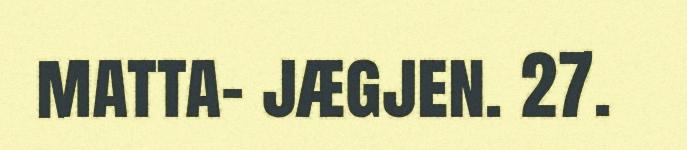
matta- jægjen. 27.